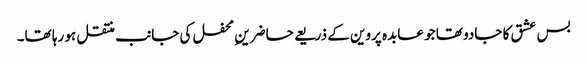
بس عشق کا جادو تھا جو عابدہ پروین کے ذریعے حاضرینِ محفل کی جانب منتقل ہو رہا تھا۔